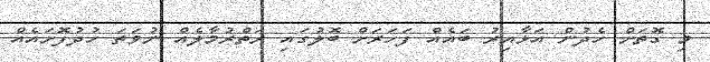
މި ގޮތަށް ހެދުން އަޅާއިރު ބައެއް ފަހަރަށް ބޮލުގައި ރަތްރުމާލެއް ނުވަތަ ހުދުފޮށައެއް